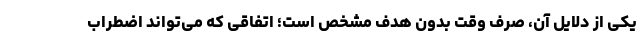
یکی از دلایل آن، صرف وقت بدون هدف مشخص است؛ اتفاقی که می‌تواند اضطراب